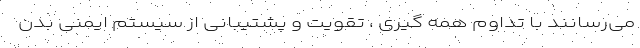
می‌رسانند با تداوم همه گیری ، تقویت و پشتیبانی از سیستم ایمنی بدن